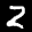
Label: 2